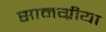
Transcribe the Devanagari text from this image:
सामग्रीया